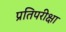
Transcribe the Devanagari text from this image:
प्रतिपरीक्षा